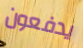
يدفعون